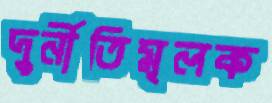
দুর্নীতিমূলক